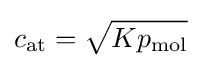
c_{\text{at}}={\sqrt {Kp_{\text{mol}}}}